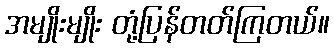
အမျိုးမျိုး တုံ့ပြန်တတ်ကြတယ်။